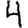
Digit: 4